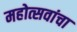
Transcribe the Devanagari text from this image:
महोत्सवांचा